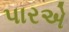
પારએ